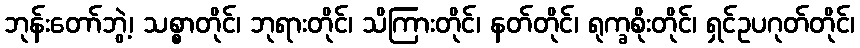
ဘုန်းတော်ဘွဲ့၊ သစ္စာတိုင်၊ ဘုရားတိုင်၊ သိကြားတိုင်၊ နတ်တိုင်၊ ရုက္ခစိုးတိုင်၊ ရှင်ဥပဂုတ်တိုင်၊